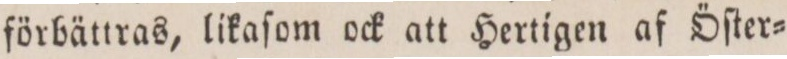
förbättras, likaſom ock att Hertigen af Öſter=